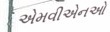
એમવીએનઓ